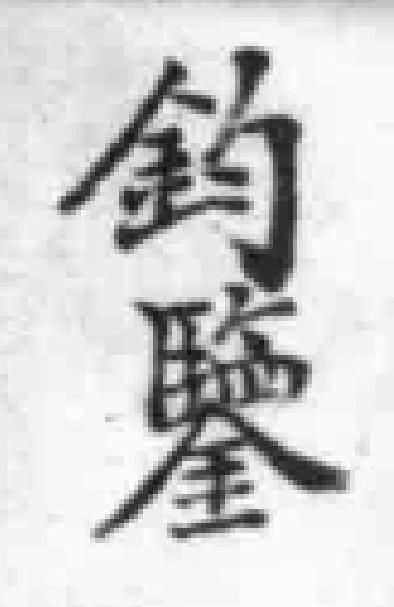
鈞鑒